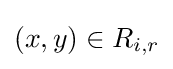
{\textstyle (x,y)\in R_{i,r}}